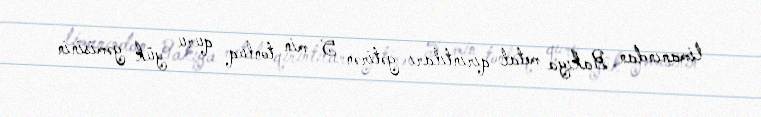
limanından Bakıya metal qırıntıları gətirən 5 min tonluq quru yük gəmisinin